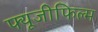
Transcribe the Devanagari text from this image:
फ्यूजीफिल्म